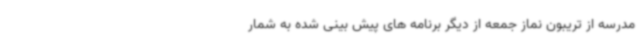
مدرسه از تریبون نماز جمعه از دیگر برنامه های پیش بینی شده به شمار